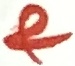
Text: &